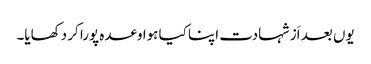
یوں بعد اَز شہادت اپنا کیا ہوا وعدہ پورا کر دکھایا۔